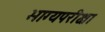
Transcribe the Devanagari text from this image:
भाग्यपरीक्षा